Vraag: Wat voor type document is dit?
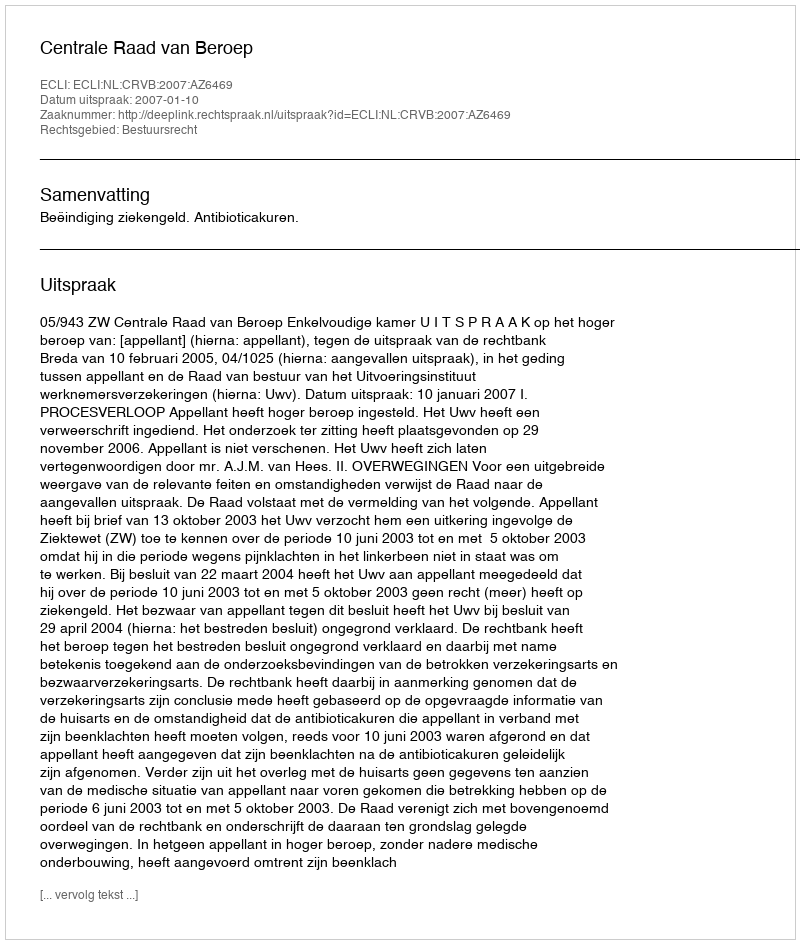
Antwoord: Uitspraak